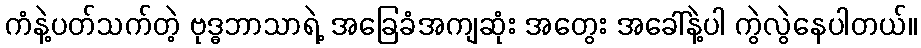
ကံနဲ့ပတ်သက်တဲ့ ဗုဒ္ဓဘာသာရဲ့ အခြေခံအကျဆုံး အတွေး အခေါ်နဲ့ပါ ကွဲလွဲနေပါတယ်။